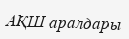
АҚШ аралдары